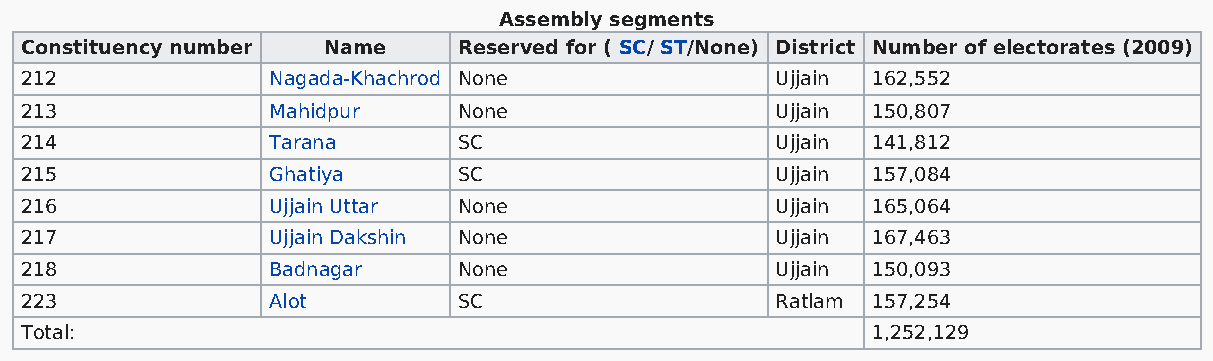
Assembly segments
 Constituency number Name     Reserved for ( SC/ ST/None) District Number of electorates (2009)
 212              Nagada-Khachrod None             Ujjain 162,552
 213              Mahidpur    None                 Ujjain 150,807
 214              Tarana      SC                   Ujjain 141,812
 215              Ghatiya     SC                   Ujjain 157,084
 216              Ujjain Uttar None                Ujjain 165,064
 217              Ujjain Dakshin None              Ujjain 167,463
 218              Badnagar    None                 Ujjain 150,093
 223              Alot        SC                   Ratlam 157,254
 Total:                                                   1,252,129